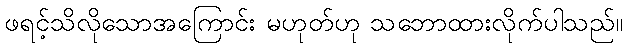
ဖရင့်သိလိုသောအကြောင်း မဟုတ်ဟု သဘောထားလိုက်ပါသည်။